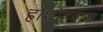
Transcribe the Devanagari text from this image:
होशोहवास